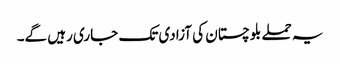
یہ حملے بلوچستان کی آزادی تک جاری رہیں گے۔